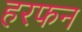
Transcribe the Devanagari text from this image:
हरफन